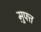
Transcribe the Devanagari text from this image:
म़ुफ्त